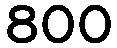
800